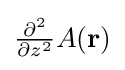
{\textstyle {\frac {\partial ^{2}}{\partial z^{2}}}A(\mathbf {r} )}